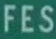
FES